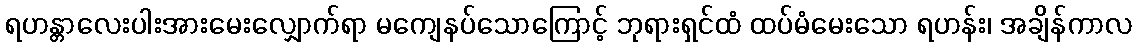
ရဟန္တာလေးပါးအားမေးလျှောက်ရာ မကျေနပ်သောကြောင့် ဘုရားရှင်ထံ ထပ်မံမေးသော ရဟန်း၊ အချိန်ကာလ